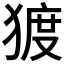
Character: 𰡠